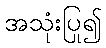
အသုံးပြု၍